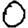
Digit: 0